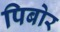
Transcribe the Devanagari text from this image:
पिबोर